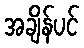
အချိန်ပင်